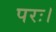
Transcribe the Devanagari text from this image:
परः।